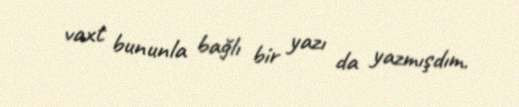
vaxt bununla bağlı bir yazı da yazmışdım.